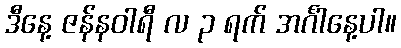
ဒီနေ့ ဇန်နဝါရီ လ ၃ ရက် အင်္ဂါနေ့ပါ။